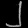
Digit: ၂